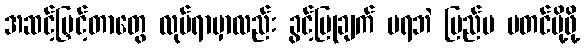
အဆင့်မြှင့်တာတွေ လုပ်ရာမှာလည်း ခွင့်ပြုချက် မရဘဲ ပြည်ပ မတင်ပို့ဖို့